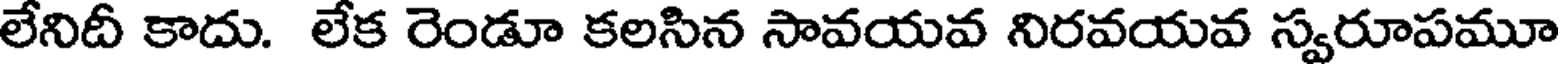
లేనిదీ కాదు. లేక రెండూ కలసిన సావయవ నిరవయవ స్వరూపమూ